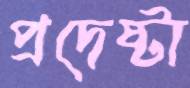
প্রদেষ্টা